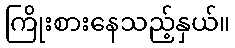
ကြိုးစားနေသည့်နှယ်။